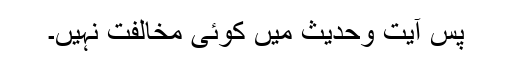
پس آیت وحدیث میں کوئی مخالفت نہیں۔